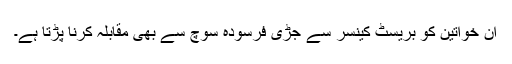
ان خواتین کو بریسٹ کینسر سے جڑی فرسودہ سوچ سے بھی مقابلہ کرنا پڑتا ہے۔